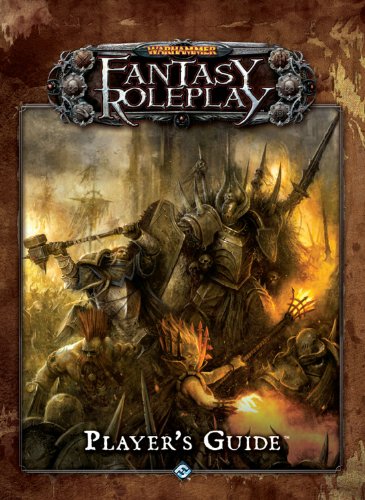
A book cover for Warhammer Fantasy Roleplay: The Player's Guide; Fantasy Flight Games; Science Fiction & Fantasy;